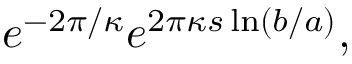
e ^ { - 2 \pi / \kappa } e ^ { 2 \pi \kappa s \ln ( b / a ) } ,